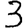
Digit: 3